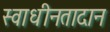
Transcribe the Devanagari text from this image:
स्वाधीनतादान